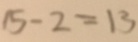
1 5 - 2 = 1 3